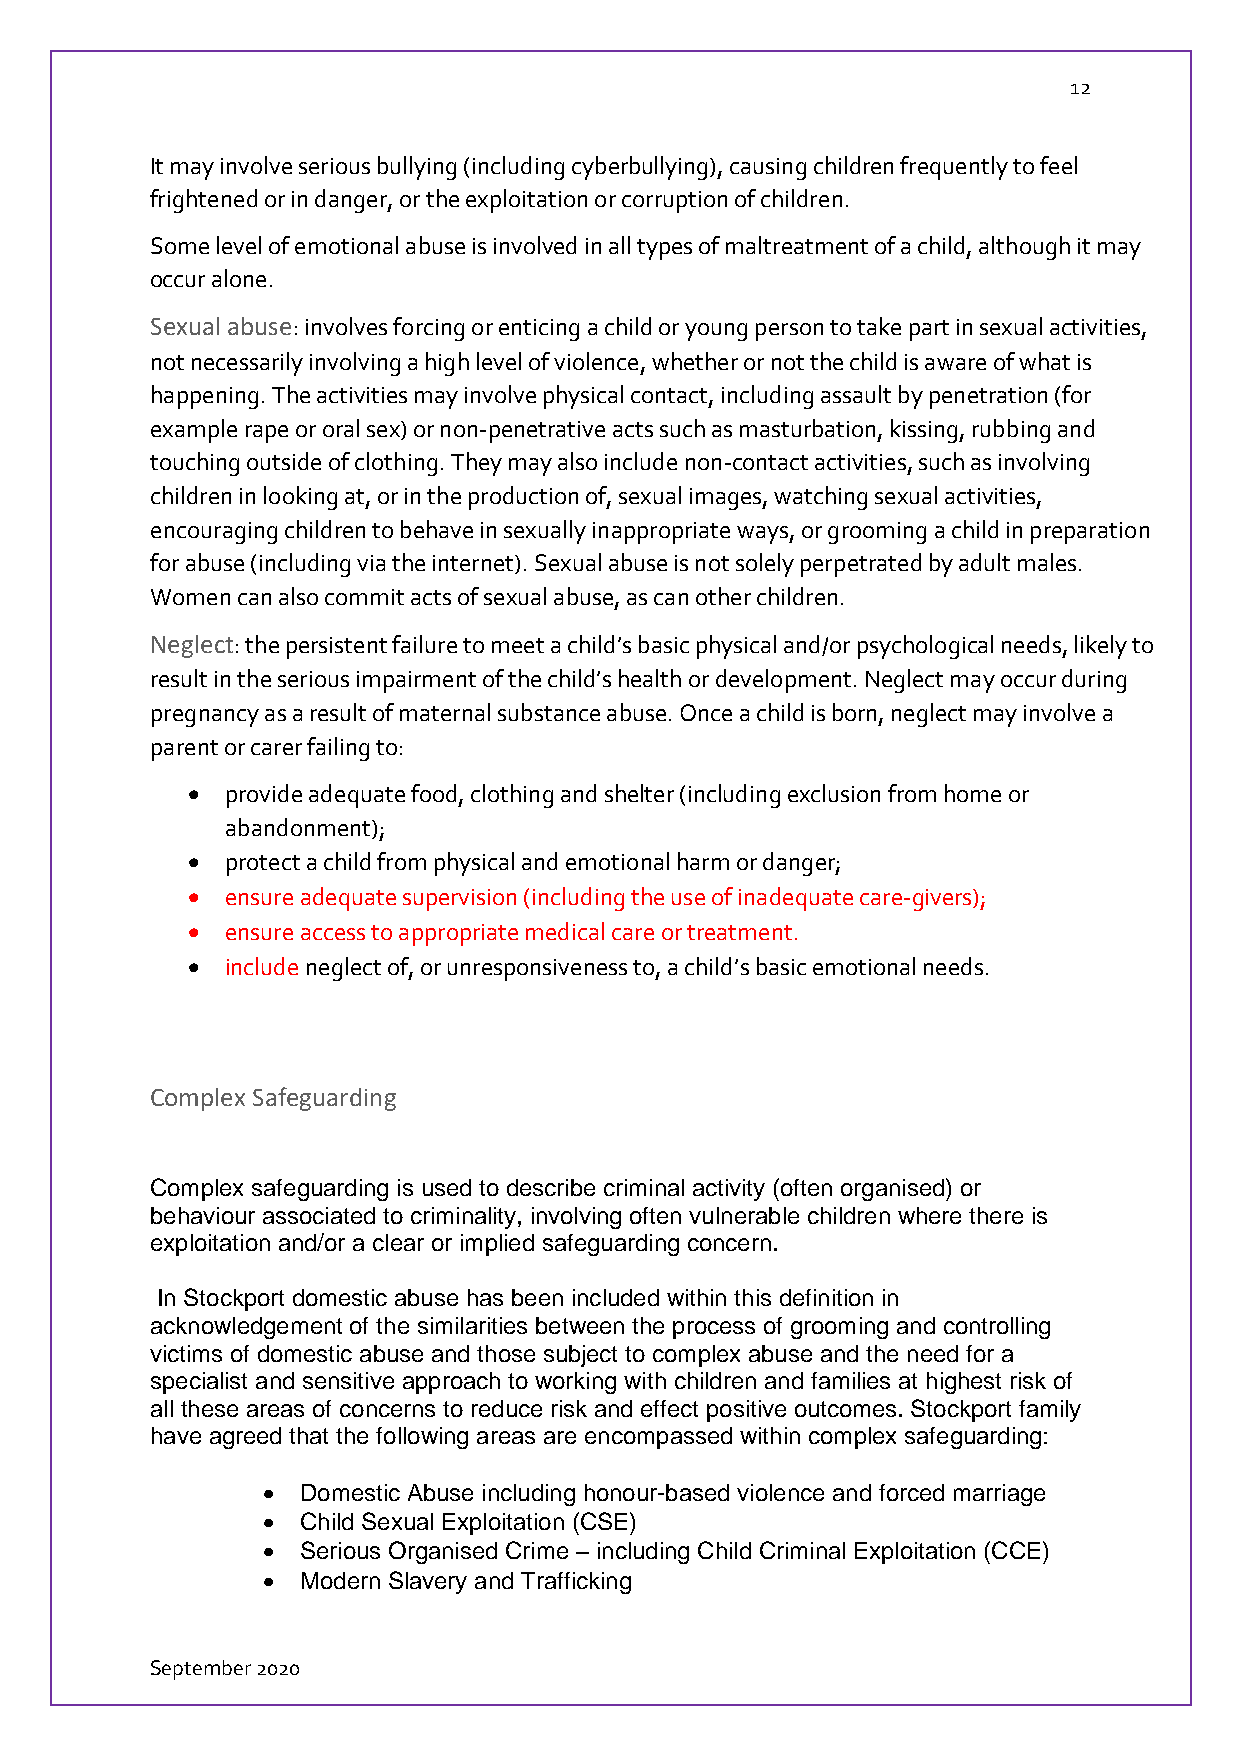
12
 It may involve serious bullying (including cyberbullying), causing children frequently to feel
 frightened or in danger, or the exploitation or corruption of children.
 Some level of emotional abuse is involved in all types of maltreatment of a child, although it may
 occur alone.
 Sexual abuse: involves forcing or enticing a child or young person to take part in sexual activities,
 not necessarily involving a high level of violence, whether or not the child is aware of what is
 happening. The activities may involve physical contact, including assault by penetration (for
 example rape or oral sex) or non-penetrative acts such as masturbation, kissing, rubbing and
 touching outside of clothing. They may also include non-contact activities, such as involving
 children in looking at, or in the production of, sexual images, watching sexual activities,
 encouraging children to behave in sexually inappropriate ways, or grooming a child in preparation
 for abuse (including via the internet). Sexual abuse is not solely perpetrated by adult males.
 Women can also commit acts of sexual abuse, as can other children.
 Neglect: the persistent failure to meet a child’s basic physical and/or psychological needs, likely to
 result in the serious impairment of the child’s health or development. Neglect may occur during
 pregnancy as a result of maternal substance abuse. Once a child is born, neglect may involve a
 parent or carer failing to:
   provide adequate food, clothing and shelter (including exclusion from home or
 abandonment);
   protect a child from physical and emotional harm or danger;
   ensure adequate supervision (including the use of inadequate care-givers);
   ensure access to appropriate medical care or treatment.
   include neglect of, or unresponsiveness to, a child’s basic emotional needs.
 Complex Safeguarding
 Complex safeguarding is used to describe criminal activity (often organised) or
 behaviour associated to criminality, involving often vulnerable children where there is
 exploitation and/or a clear or implied safeguarding concern.
 In Stockport domestic abuse has been included within this definition in
 acknowledgement of the similarities between the process of grooming and controlling
 victims of domestic abuse and those subject to complex abuse and the need for a
 specialist and sensitive approach to working with children and families at highest risk of
 all these areas of concerns to reduce risk and effect positive outcomes. Stockport family
 have agreed that the following areas are encompassed within complex safeguarding:
   Domestic Abuse including honour-based violence and forced marriage
   Child Sexual Exploitation (CSE)
   Serious Organised Crime – including Child Criminal Exploitation (CCE)
   Modern Slavery and Trafficking
 September 2020